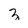
Character: z